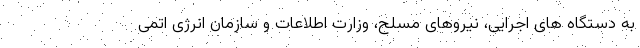
به دستگاه های اجرایی، نیروهای مسلح، وزارت اطلاعات و سازمان انرژی اتمی